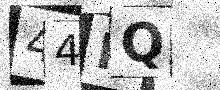
Text: 44MQ